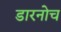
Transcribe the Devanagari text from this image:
डारनोच